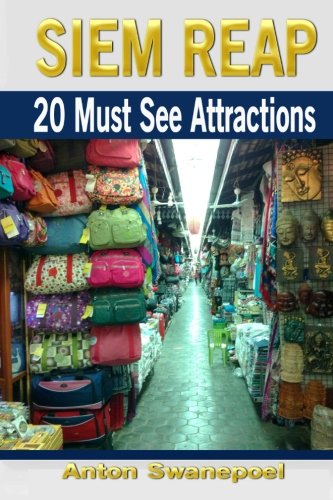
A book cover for Siem Reap: 20 Must See Attractions (Cambodia Travel Guide Books By Anton); Anton Swanepoel; Travel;